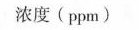
浓度(ppm)